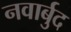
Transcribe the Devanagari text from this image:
नवार्बुद